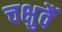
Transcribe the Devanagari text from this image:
चक्षुर्वै